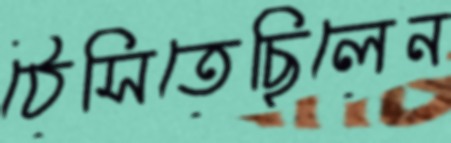
ঠেসিতেছিলেন